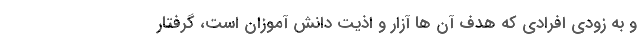
و به زودی افرادی که ھدف آن ها آزار و اذیت دانش آموزان است، گرفتار